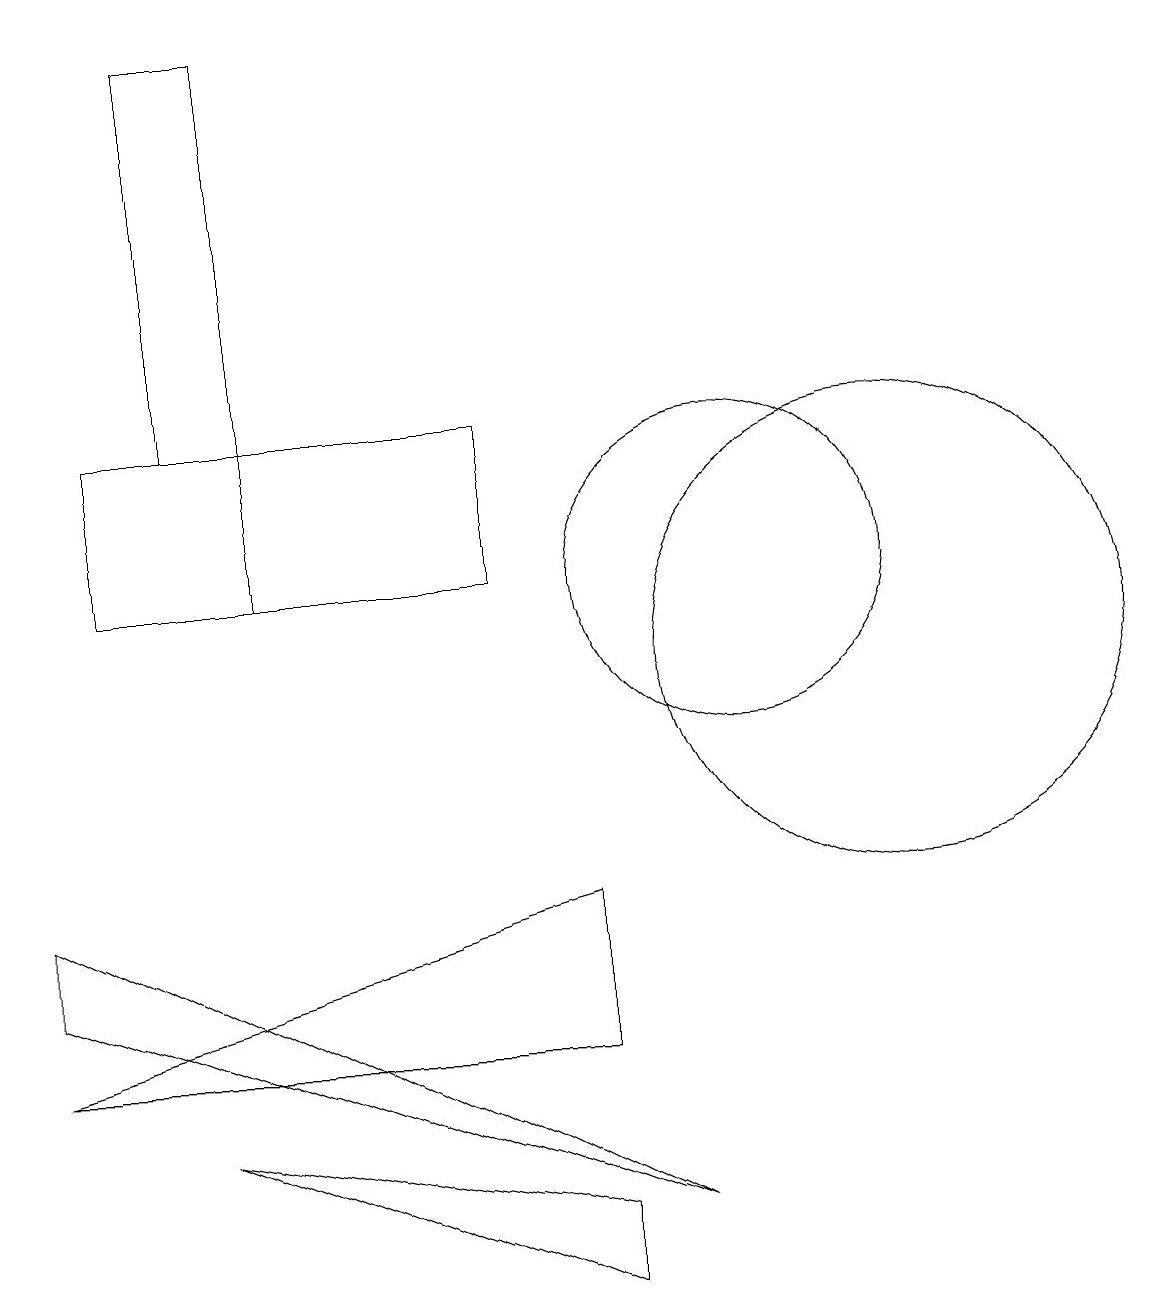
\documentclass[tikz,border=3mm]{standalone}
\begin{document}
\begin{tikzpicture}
\draw (7,11) rectangle (4,13);
\draw (1,6) -- (1,7) -- (9,3) -- cycle;
\draw (3,13) rectangle (4,18);
\draw (12,10) circle (3);
\draw (3,4) -- (8,3) -- (8,2) -- cycle;
\draw (10,11) circle (2);
\draw (2,13) rectangle (4,11);
\draw (1,5) -- (8,5) -- (8,7) -- cycle;
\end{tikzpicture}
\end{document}